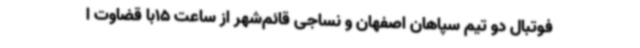
فوتبال دو تیم سپاهان اصفهان و نساجی قائم‌شهر از ساعت 15با قضاوت ا